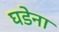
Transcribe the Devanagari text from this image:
घडेना